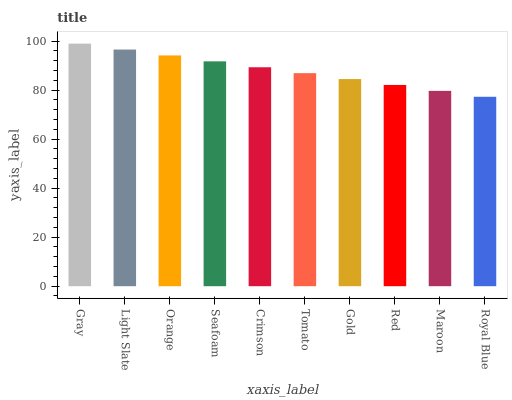
| xaxis_label | bars |
 | --- | --- |
 | Gray | 99 |
 | Light Slate | 96.6 |
 | Orange | 94.2 |
 | Seafoam | 91.8 |
 | Crimson | 89.4 |
 | Tomato | 86.9 |
 | Gold | 84.5 |
 | Red | 82.1 |
 | Maroon | 79.7 |
 | Royal Blue | 77.3 |